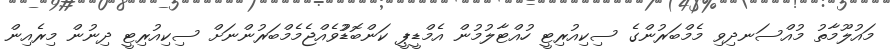
މައުލޫމާތު މުއްސަނދިވި މެމްބަރުންގެ ސިކިއުރިޓީ ހުއްޓާލުމުން އެމްޑީޕީ ކަންބޮޑުުވެއްޖެމެމްބަރުންނަށް ސިކިއުރިޓީ ދިނުން މިރެއިން